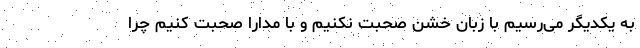
به یکدیگر می‌رسیم با زبان خشن صحبت نکنیم و با مدارا صحبت کنیم چرا